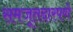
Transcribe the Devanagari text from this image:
समजूतदारपणे